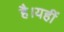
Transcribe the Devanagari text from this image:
है।यहीं